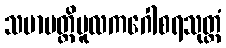
သမာပတ္တိမူလကဂေါစရသုတ္တံ